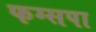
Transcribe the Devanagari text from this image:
फग्सपा